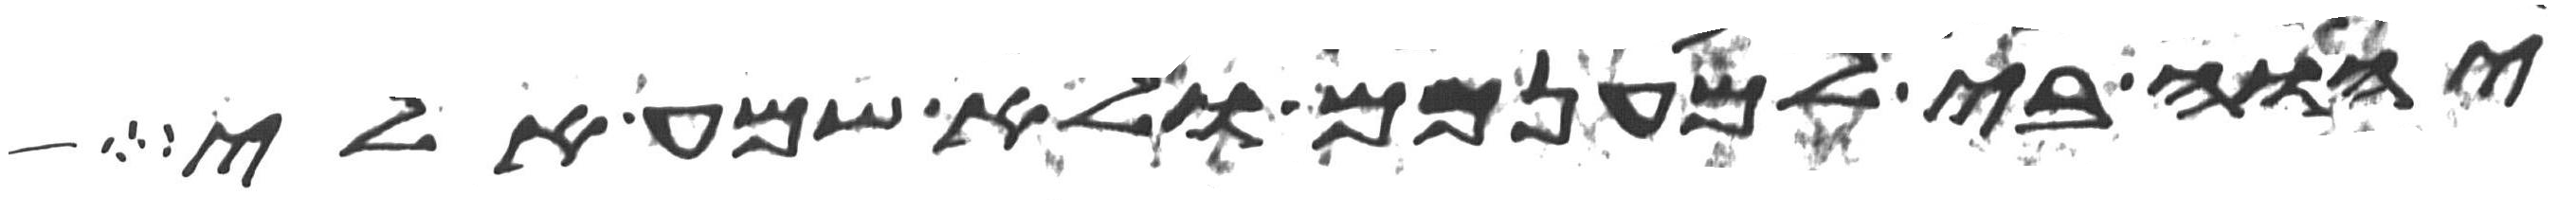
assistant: יהוה בי למענכם ולא שמע אלי